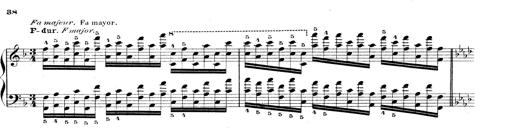
Title: Technische Studien
Composer: Franz Liszt